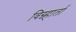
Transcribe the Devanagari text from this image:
विग्न्हार्ता